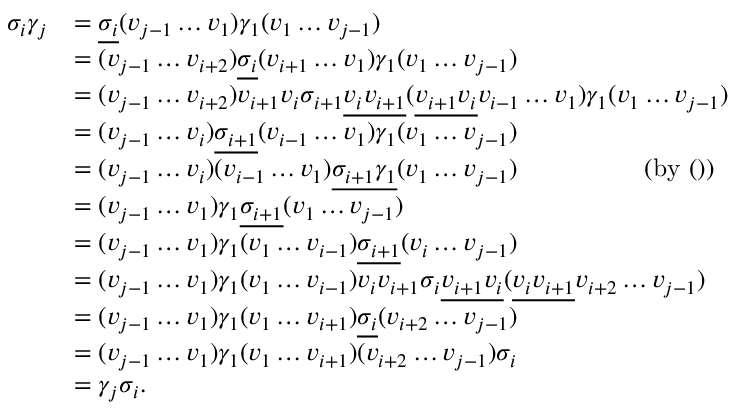
\begin{array} { r l } { \sigma _ { i } \gamma _ { j } } & { = \underline { { \sigma _ { i } } } ( v _ { j - 1 } \ldots v _ { 1 } ) \gamma _ { 1 } ( v _ { 1 } \ldots v _ { j - 1 } ) } \\ & { = ( v _ { j - 1 } \ldots v _ { i + 2 } ) \underline { { \sigma _ { i } } } ( v _ { i + 1 } \ldots v _ { 1 } ) \gamma _ { 1 } ( v _ { 1 } \ldots v _ { j - 1 } ) } \\ & { = ( v _ { j - 1 } \ldots v _ { i + 2 } ) v _ { i + 1 } v _ { i } \sigma _ { i + 1 } \underline { { v _ { i } v _ { i + 1 } } } ( \underline { { v _ { i + 1 } v _ { i } } } v _ { i - 1 } \ldots v _ { 1 } ) \gamma _ { 1 } ( v _ { 1 } \ldots v _ { j - 1 } ) } \\ & { = ( v _ { j - 1 } \ldots v _ { i } ) \underline { { \sigma _ { i + 1 } } } ( v _ { i - 1 } \ldots v _ { 1 } ) \gamma _ { 1 } ( v _ { 1 } \ldots v _ { j - 1 } ) } \\ & { = ( v _ { j - 1 } \ldots v _ { i } ) ( v _ { i - 1 } \ldots v _ { 1 } ) \underline { { \sigma _ { i + 1 } \gamma _ { 1 } } } ( v _ { 1 } \ldots v _ { j - 1 } ) ~ ~ ~ ~ ~ ~ ~ ~ ~ ~ ~ ~ ~ ~ \mathrm { ~ ( b y ~ ( ) ) } } \\ & { = ( v _ { j - 1 } \ldots v _ { 1 } ) \gamma _ { 1 } \underline { { \sigma _ { i + 1 } } } ( v _ { 1 } \ldots v _ { j - 1 } ) } \\ & { = ( v _ { j - 1 } \ldots v _ { 1 } ) \gamma _ { 1 } ( v _ { 1 } \ldots v _ { i - 1 } ) \underline { { \sigma _ { i + 1 } } } ( v _ { i } \ldots v _ { j - 1 } ) } \\ & { = ( v _ { j - 1 } \ldots v _ { 1 } ) \gamma _ { 1 } ( v _ { 1 } \ldots v _ { i - 1 } ) v _ { i } v _ { i + 1 } \sigma _ { i } \underline { { v _ { i + 1 } v _ { i } } } ( \underline { { v _ { i } v _ { i + 1 } } } v _ { i + 2 } \ldots v _ { j - 1 } ) } \\ & { = ( v _ { j - 1 } \ldots v _ { 1 } ) \gamma _ { 1 } ( v _ { 1 } \ldots v _ { i + 1 } ) \underline { { \sigma _ { i } } } ( v _ { i + 2 } \ldots v _ { j - 1 } ) } \\ & { = ( v _ { j - 1 } \ldots v _ { 1 } ) \gamma _ { 1 } ( v _ { 1 } \ldots v _ { i + 1 } ) ( v _ { i + 2 } \ldots v _ { j - 1 } ) \sigma _ { i } } \\ & { = \gamma _ { j } \sigma _ { i } . } \end{array}